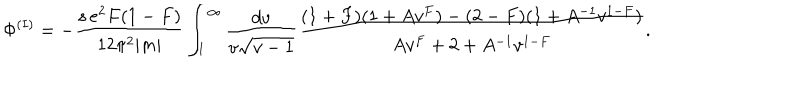
{ \Phi } ^ { ( I ) } = - \frac { s \, e ^ { 2 } F ( 1 - F ) } { 1 2 { \pi } ^ { 2 } | m | } \int _ { 1 } ^ { \infty } \frac { d v } { v { \sqrt { v - 1 } } } \frac { ( 1 + F ) ( 1 + A { v } ^ { F } ) - ( 2 - F ) ( 1 + A ^ { - 1 } v ^ { 1 - F } ) } { A { v } ^ { F } + 2 + A ^ { - 1 } v ^ { 1 - F } } .